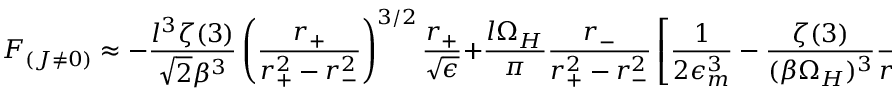
F _ { ( J \neq 0 ) } \approx - \frac { l ^ { 3 } \zeta ( 3 ) } { \sqrt { 2 } \beta ^ { 3 } } \left( \frac { r _ { + } } { r _ { + } ^ { 2 } - r _ { - } ^ { 2 } } \right) ^ { 3 / 2 } \frac { r _ { + } } { \sqrt { \epsilon } } + \frac { l \Omega _ { H } } { \pi } \frac { r _ { - } } { r _ { + } ^ { 2 } - r _ { - } ^ { 2 } } \left[ \frac { 1 } { 2 \epsilon _ { m } ^ { 3 } } - \frac { \zeta ( 3 ) } { ( \beta \Omega _ { H } ) ^ { 3 } } \frac { r _ { + } ^ { 2 } } { r _ { + } ^ { 2 } - r _ { - } ^ { 2 } } \right] \ln \left( \frac { r _ { + } } { \epsilon } \right) ~ ,